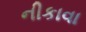
નીકાવા